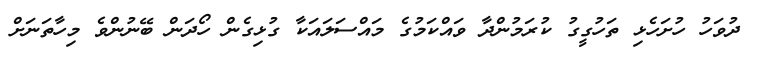
ދުވަހު ހުށަހެޅި ތަހުގީގު ކުރަމުންދާ ވައްކަމުގެ މައްސަލައަކާ ގުޅިގެން ހޯދަން ބޭނުންވެ މިހާތަނަށް